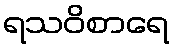
ရသဝိစာရေ